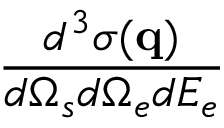
\frac { d ^ { 3 } \sigma ( \mathbf { q } ) } { d \Omega _ { s } d \Omega _ { e } d E _ { e } }